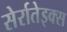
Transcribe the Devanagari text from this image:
सेर्रातेइक्स